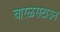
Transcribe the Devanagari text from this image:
चारळसटाउन